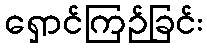
ရှောင်ကြဉ်ခြင်း